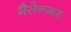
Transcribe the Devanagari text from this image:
मैसेन्जरः